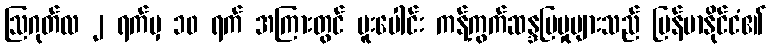
ဩဂုတ်လ ၂ ရက်မှ ၁၀ ရက် အကြားတွင် ပူးပေါင်း ကန့်ကွက်ဆန္ဒပြမှုများသည် မြန်မာနိုင်ငံ၏